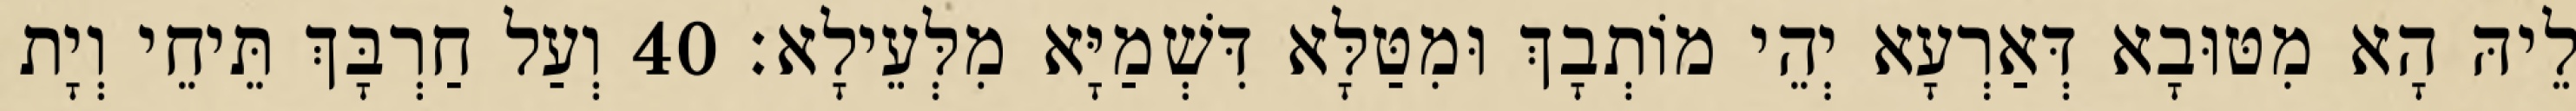
לֵיהּ הָא מִטּוּבָא דְּאַרְעָא יְהֵי מוֹתְבָךְ וּמִטַּלָּא דִּשְׁמַיָּא מִלְּעֵילָא׃ 40 וְעַל חַרְבָּךְ תֵּיחֵי וְיָת